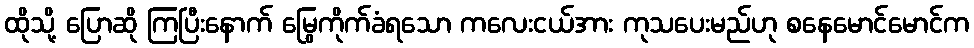
ထိုသို့ ပြောဆို ကြပြီးနောက် မြွေကိုက်ခံရသော ကလေးငယ်အား ကုသပေးမည်ဟု စနေမောင်မောင်က